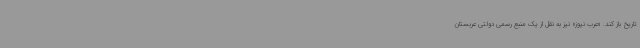
تاریخ باز کند. «عرب نیوز» نیز به نقل از یک منبع رسمی دولتی عربستان